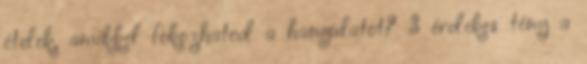
ételek, amikkel fokozhatod a hangulatot? 3 érdekes tény a